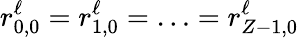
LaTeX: r_{0,0}^{\ell}=r_{1,0}^{\ell}=\ldots=r_{Z-1,0}^{\ell}